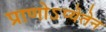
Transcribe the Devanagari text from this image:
प्राणोऽप्येतेन